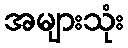
အများသုံး